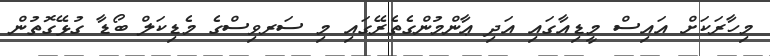
މިހާރަކަށް އައިސް މީޑިއާގައި އަދި ޢާންމުންގެތެރޭގައި މި ސަރވިސްގެ މެޑިކަލް ބޯޑާ ގުޅޭގޮތުން